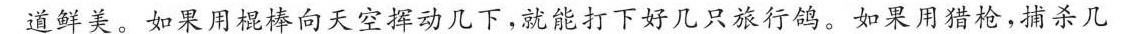
道鲜美。如果用棍棒向天空挥动几下，就能打下好几只旅行鸽。如果用猎枪，捕杀几